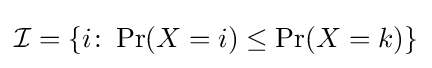
{\mathcal {I}}=\{i\colon \Pr(X=i)\leq \Pr(X=k)\}